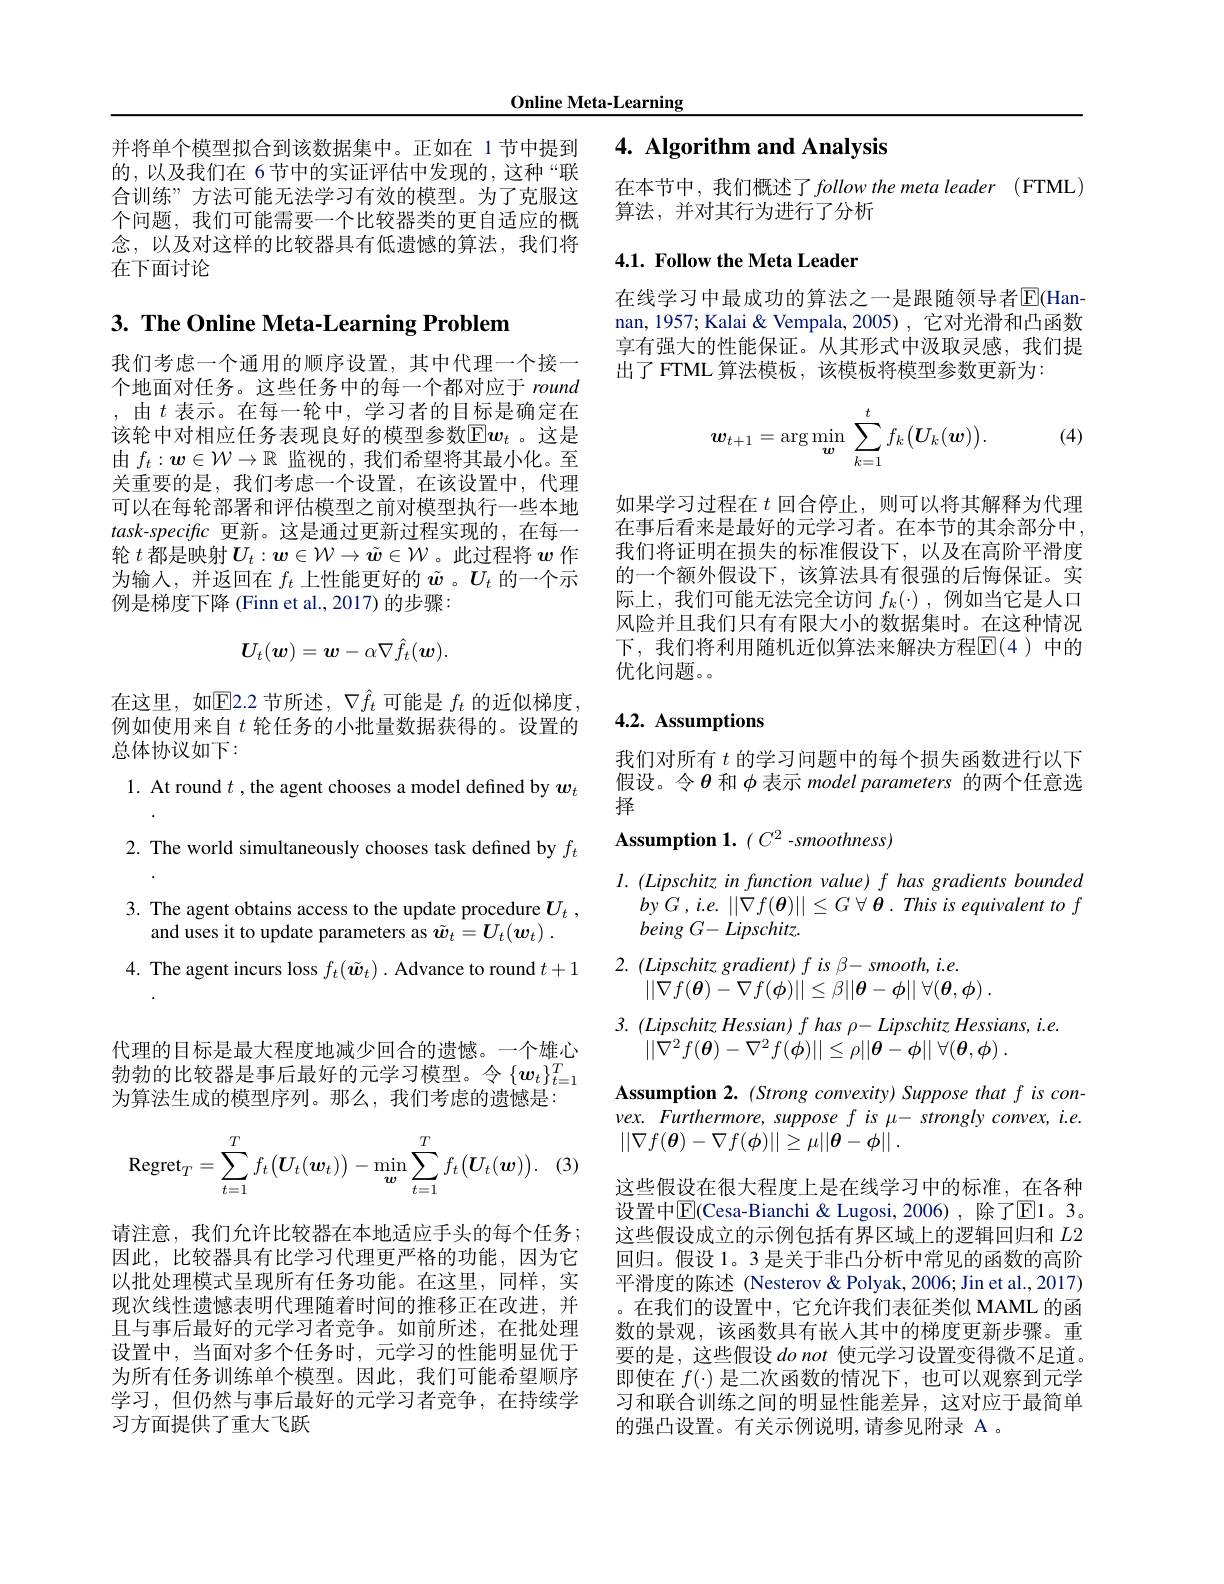
Online Meta-Learning

并将单个模型拟合到该数据集中。正如在 1节中提到的，以及我们在 6节中的实证评估中发现的，这种“联合训练”方法可能无法学习有效的模型。为了克服这个问题，我们可能需要一个比较器类的更自适应的概念，以及对这样的比较器具有低遗憾的算法，我们将在下面讨论

# 3. The Online Meta-Learning Problem

我们考虑一个通用的顺序设置，其中代理一个接一个地面对任务。这些任务中的每一个都对应于 round ,由$t$ 表示。在每一轮中，学习者的目标是确定在该轮中对相应任务表现良好的模型参数$\mathbb{E}\boldsymbol{w}_t$。这是由$f_t:\boldsymbol{w}\in\mathcal{W}\to\mathbb{R}$监视的，我们希望将其最小化。至关重要的是，我们考虑一个设置，在该设置中，代理可以在每轮部署和评估模型之前对模型执行一些本地task-specific 更新。这是通过更新过程实现的，在每一轮$t$都是映射$\boldsymbol{U}_t:\boldsymbol{w}\in\mathcal{W}\to\tilde{\boldsymbol{w}}\in\mathcal{W}$。此过程将$\boldsymbol{w}$作为输入，并返回在$f_t$上性能更好的$\tilde{w}$ 。$U_t$的一个示例是梯度下降 (Finn et al., 2017) 的步骤：
$$U_t(\boldsymbol w)=\boldsymbol w-\alpha\nabla\hat{f}_t(\boldsymbol w).$$
在这里，如$\mathbb{E}$2.2 节所述，$\nabla\hat{f}_t$可能是$f_t$的近似梯度例如使用来自$t$轮任务的小批量数据获得的。设置的总体协议如下：
1. At round $t$ , the agent chooses a model defined by $w_t$ 2. The world simultaneously chooses task defined by $f_t$ 3. The agent obtains access to the update procedure $U_t$ ,
and uses it to update parameters as $\tilde{\boldsymbol{w}} _t= U_t( \boldsymbol{w}_t)$ .
4. The agent incurs loss $f_t(\tilde{\boldsymbol{w}}_t).$ Advance to round $t+1$ 代理的目标是最大程度地减少回合的遗憾。一个雄心勃勃的比较器是事后最好的元学习模型。令$\{w_t\}_t=1^T$ 为算法生成的模型序列。那么，我们考虑的遗憾是：
$$\mathrm{Regret}_T=\sum_{t=1}^Tf_t\big(\boldsymbol{U}_t(\boldsymbol{w}_t)\big)-\min_{\boldsymbol{w}}\sum_{t=1}^Tf_t\big(\boldsymbol{U}_t(\boldsymbol{w})\big).$$
请注意，我们允许比较器在本地适应手头的每个任务； 因此，比较器具有比学习代理更严格的功能，因为它以批处理模式呈现所有任务功能。在这里，同样，实现次线性遗憾表明代理随着时间的推移正在改进，并且与事后最好的元学习者竞争。如前所述，在批处理设置中，当面对多个任务时，元学习的性能明显优于为所有任务训练单个模型。因此，我们可能希望顺序学习，但仍然与事后最好的元学习者竞争，在持续学习方面提供了重大飞跃

## 4. Algorithm and Analysis

在本节中，我们概述了follow the meta leader(FTML)

算法，并对其行为进行了分析

## 4.1. Follow the Meta Leader

在线学习中最成功的算法之一是跟随领导者$\overline{\mathrm{E}}($Hannan, 1957; Kalai & Vempala, 2005) , 它对光滑和凸函数享有强大的性能保证。从其形式中汲取灵感，我们提出了 FTML 算法模板，该模板将模型参数更新为：

(4)
$$w_{t+1}=\arg\min_{\boldsymbol{w}}\sum_{k=1}^{t}f_{k}\big(\boldsymbol{U}_{k}(\boldsymbol{w})\big).$$
如果学习过程在$t$回合停止，则可以将其解释为代理在事后看来是最好的元学习者。在本节的其余部分中， 我们将证明在损失的标准假设下，以及在高阶平滑度的一个额外假设下，该算法具有很强的后悔保证。实际上，我们可能无法完全访问$f_k(\cdot)$ ,例如当它是人口风险并且我们只有有限大小的数据集时。在这种情况下，我们将利用随机近似算法来解决方程$\mathbb{E}(4)$中的优化问题。。

## 4.2. Assumptions

我们对所有$t$的学习问题中的每个损失函数进行以下假设。令$\theta$和$\phi$表示 model parameters 的两个任意选择

Assumption 1.( C2 -smoothness)

$l.(Lipschitz$ in function value) f has gradients bounded
byG $, i. e.$ $| | \nabla f( \boldsymbol{\theta }) | | \leq G$ $\forall \boldsymbol{\theta }.$ This $is$ equivalent $to$ $f$
being $G- Lipschitz.$
2. $( Lipschitz$ $gradient)$ $f$ $is$ $\beta -$ $smooth$, $i. e.$
$| | \nabla f( \boldsymbol{\theta }) - \nabla f( \boldsymbol{\phi }) | | \leq \beta | | \boldsymbol{\theta }- \boldsymbol{\phi }| |$ $\forall ( \boldsymbol{\theta }, \boldsymbol{\phi })$ .
3. $( Lipschitz$ $Hessian)$ $f$ has $\rho - Lipschitz$ $Hessians$, $i. e.$
$\left | \left | \nabla ^{2}f( \boldsymbol{\theta }) - \nabla ^{2}f( \boldsymbol{\phi }) \right | \right | \leq \rho | \left | \boldsymbol{\theta }- \phi \right | |$ $\forall ( \boldsymbol{\theta }, \boldsymbol{\phi })$ .

Assumption 2. (Strong convexity) Suppose that f is con- $vex.Furthermore,supposefis\mu-stronglyconvex,i.e.$ $| | \nabla f( \boldsymbol{\theta }) - \nabla f( \phi ) | | \geq \mu | | \boldsymbol{\theta }- \phi | |$ .

这些假设在很大程度上是在线学习中的标准，在各种设置中$\boxed{\mathrm{E}}$(Cesa-Bianchi& Lugosi, 2006), 除了回1。3。这些假设成立的示例包括有界区域上的逻辑回归和$L$2回归。假设 1。3 是关于非凸分析中常见的函数的高阶平滑度的陈述 (Nesterov&Polyak, 2006; Jin et al., 2017) 。在我们的设置中，它允许我们表征类似 MAML 的函数的景观，该函数具有嵌入其中的梯度更新步骤。重要的是，这些假设donot使元学习设置变得微不足道。即使在$f(\cdot)$是二次函数的情况下，也可以观察到元学习和联合训练之间的明显性能差异，这对应于最简单的强凸设置。有关示例说明，请参见附录 A 。